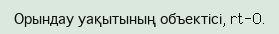
Орындау уақытының объектісі, rt-O.